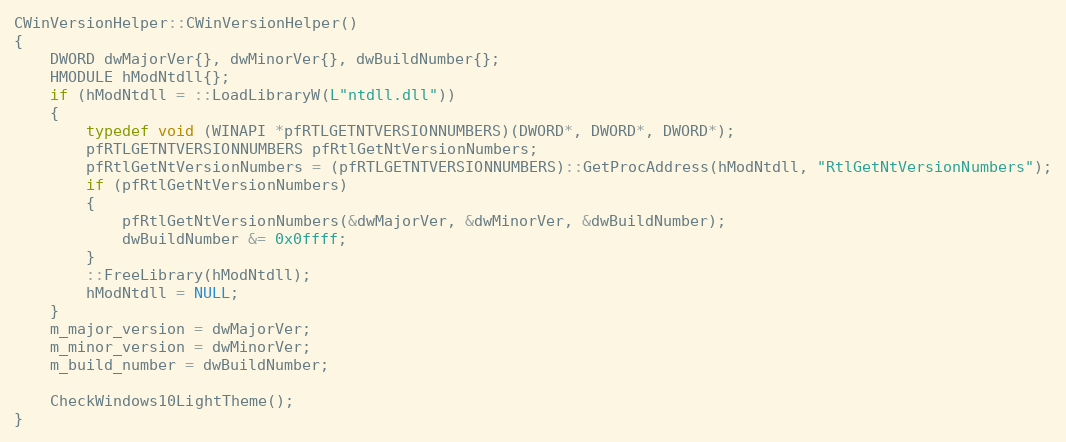
Language: C++
CWinVersionHelper::CWinVersionHelper()
{
	DWORD dwMajorVer{}, dwMinorVer{}, dwBuildNumber{};
	HMODULE hModNtdll{};
	if (hModNtdll = ::LoadLibraryW(L"ntdll.dll"))
	{
		typedef void (WINAPI *pfRTLGETNTVERSIONNUMBERS)(DWORD*, DWORD*, DWORD*);
		pfRTLGETNTVERSIONNUMBERS pfRtlGetNtVersionNumbers;
		pfRtlGetNtVersionNumbers = (pfRTLGETNTVERSIONNUMBERS)::GetProcAddress(hModNtdll, "RtlGetNtVersionNumbers");
		if (pfRtlGetNtVersionNumbers)
		{
			pfRtlGetNtVersionNumbers(&dwMajorVer, &dwMinorVer, &dwBuildNumber);
			dwBuildNumber &= 0x0ffff;
		}
		::FreeLibrary(hModNtdll);
		hModNtdll = NULL;
	}
	m_major_version = dwMajorVer;
	m_minor_version = dwMinorVer;
	m_build_number = dwBuildNumber;

	CheckWindows10LightTheme();
}